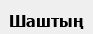
Шаштың